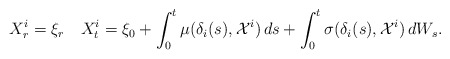
\begin{align*}X_{r}^i=\xi_r\quad{X}^{i}_t= \xi_0+ \int_{0}^{t}\mu({\delta}_i(s),\mathcal{X}^{i})\,ds+ \int_{0}^{t}\sigma({\delta}_i(s),\mathcal{X}^{i})\,dW_s.\end{align*}